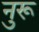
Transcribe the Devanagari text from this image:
नुरू